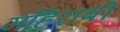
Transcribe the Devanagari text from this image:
महिराबी